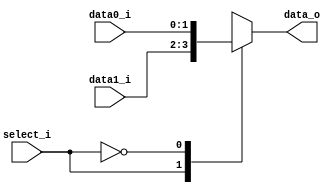
`timescale 1ns / 1ps
/*******************************************************************
 * Design Name: 	Pipeline CPU
 * Module Name:		MUX_2to1 
 * Project Name: 	Architecture Project_3 Pipeline CPU
 ******************************************************************/
     
module MUX_2to1(
	data0_i,
	data1_i,
	select_i,
	data_o
);

	parameter size = 0;
	
	input [size-1:0] data0_i;
	input [size-1:0] data1_i;
	input select_i;
	output reg [size-1:0] data_o;
	
	always @(*) begin
		case(select_i)
			1'b1:	data_o = data1_i;
			1'b0:	data_o = data0_i;
		endcase
	end

endmodule